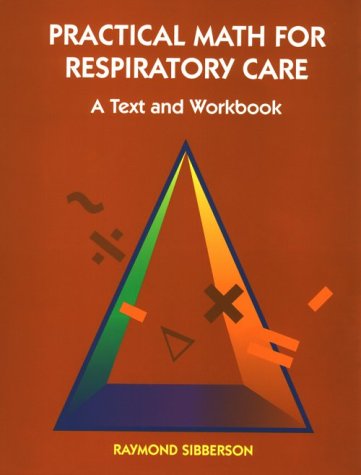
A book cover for Practical Math for Respiratory Care: A Text and Workbook; Raymond Sibberson MS  RRT; Medical Books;